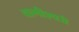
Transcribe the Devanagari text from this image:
वागीश्‍वरी